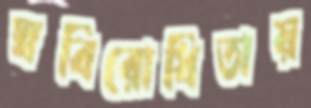
স্ববিরোধিতায়